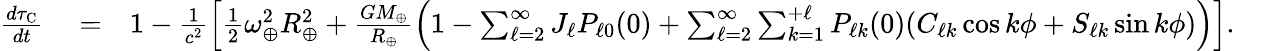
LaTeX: \begin{array}{rlr}{\frac{d\tau_{\mathrm{C}}}{dt}}&{{}=}&{1-\frac{1}{c^{2}}\Big[{\textstyle\frac{1}{2}}\omega_{\oplus}^{2}R_{\oplus}^{2}+\frac{GM_{\oplus}}{R_{\oplus}}\Big(1-\sum_{\ell=2}^{\infty}J_{\ell}P_{\ell 0}(0)+\sum_{\ell=2}^{\infty}\sum_{k=1}^{+\ell}P_{\ell k}(0)(C_{\ell k}\cos k\phi+S_{\ell k}\sin k\phi)\Big)\Big].~~~~~}\end{array}